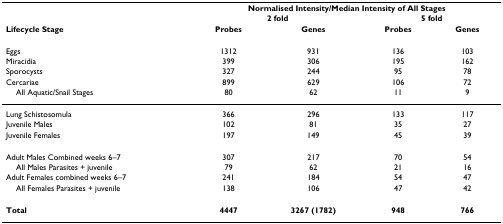
<table><thead><tr><td>[EMPTY_CELL]</td><td colspan="4"><b>Normalised Intensity/Median Intensity of All Stages</b></td></tr><tr><td>[EMPTY_CELL]</td><td colspan="2"><b>2 fold</b></td><td colspan="2"><b>5 fold</b></td></tr><tr><td><b>Lifecycle Stage</b></td><td><b>Probes</b></td><td><b>Genes</b></td><td><b>Probes</b></td><td><b>Genes</b></td></tr></thead><tbody><tr><td>Eggs</td><td>1312</td><td>931</td><td>136</td><td>103</td></tr><tr><td>Miracidia</td><td>399</td><td>306</td><td>195</td><td>162</td></tr><tr><td>Sporocysts</td><td>327</td><td>244</td><td>95</td><td>78</td></tr><tr><td>Cercariae</td><td>899</td><td>629</td><td>106</td><td>72</td></tr><tr><td> All Aquatic/Snail Stages</td><td>80</td><td>62</td><td>11</td><td>9</td></tr><tr><td>Lung Schistosomula</td><td>366</td><td>296</td><td>133</td><td>117</td></tr><tr><td>Juvenile Males</td><td>102</td><td>81</td><td>35</td><td>27</td></tr><tr><td>Juvenile Females</td><td>197</td><td>149</td><td>45</td><td>39</td></tr><tr><td>Adult Males Combined weeks 6–7</td><td>307</td><td>217</td><td>70</td><td>54</td></tr><tr><td> All Males Parasites + juvenile</td><td>79</td><td>62</td><td>21</td><td>16</td></tr><tr><td>Adult Females combined weeks 6–7</td><td>241</td><td>184</td><td>54</td><td>47</td></tr><tr><td> All Females Parasites + juvenile</td><td>138</td><td>106</td><td>47</td><td>42</td></tr><tr><td><b>Total</b></td><td><b>4447</b></td><td><b>3267 (1782)</b></td><td><b>948</b></td><td><b>766</b></td></tr></tbody></table>